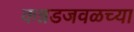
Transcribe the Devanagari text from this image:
कन्नडजवळच्या